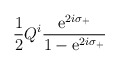
\begin{align*}\frac{1}{2}Q^{i} \frac{\mbox{e}^{2i\sigma_{+}}}{1-\mbox{e}^{2i\sigma_{+}}}\end{align*}